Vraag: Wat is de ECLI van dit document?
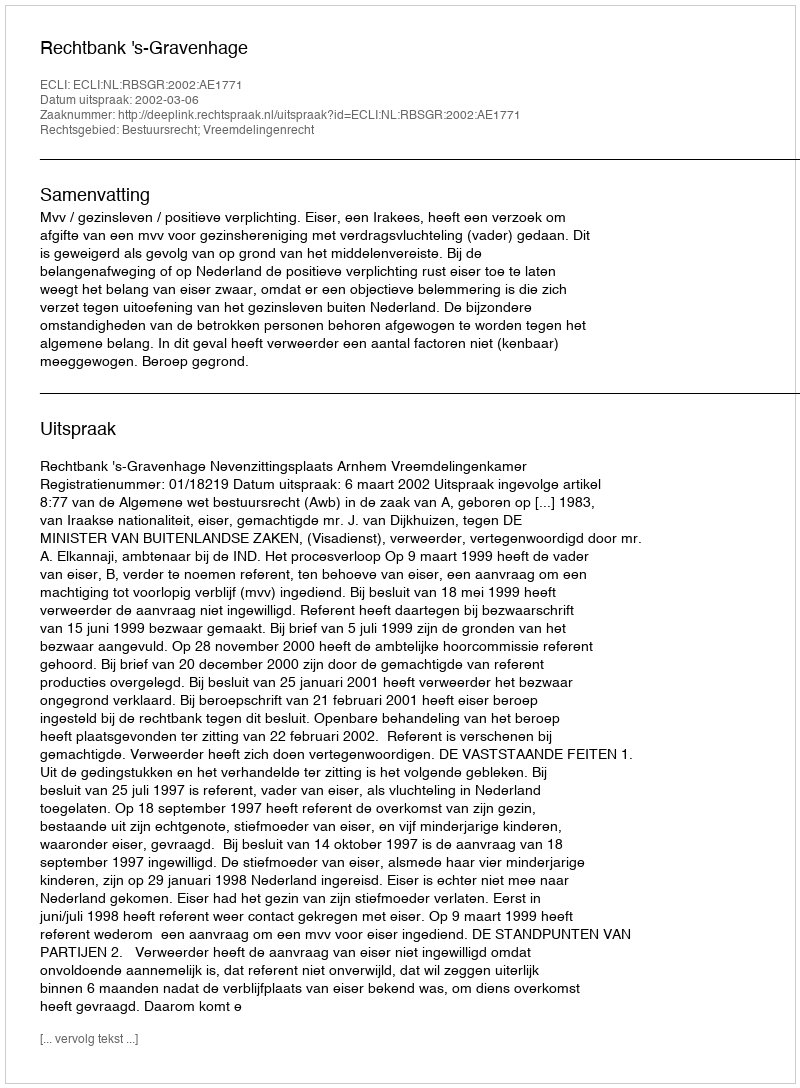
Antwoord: ECLI:NL:RBSGR:2002:AE1771